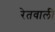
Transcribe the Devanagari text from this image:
रेतवाली